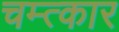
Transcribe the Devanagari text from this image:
चम्त्कार